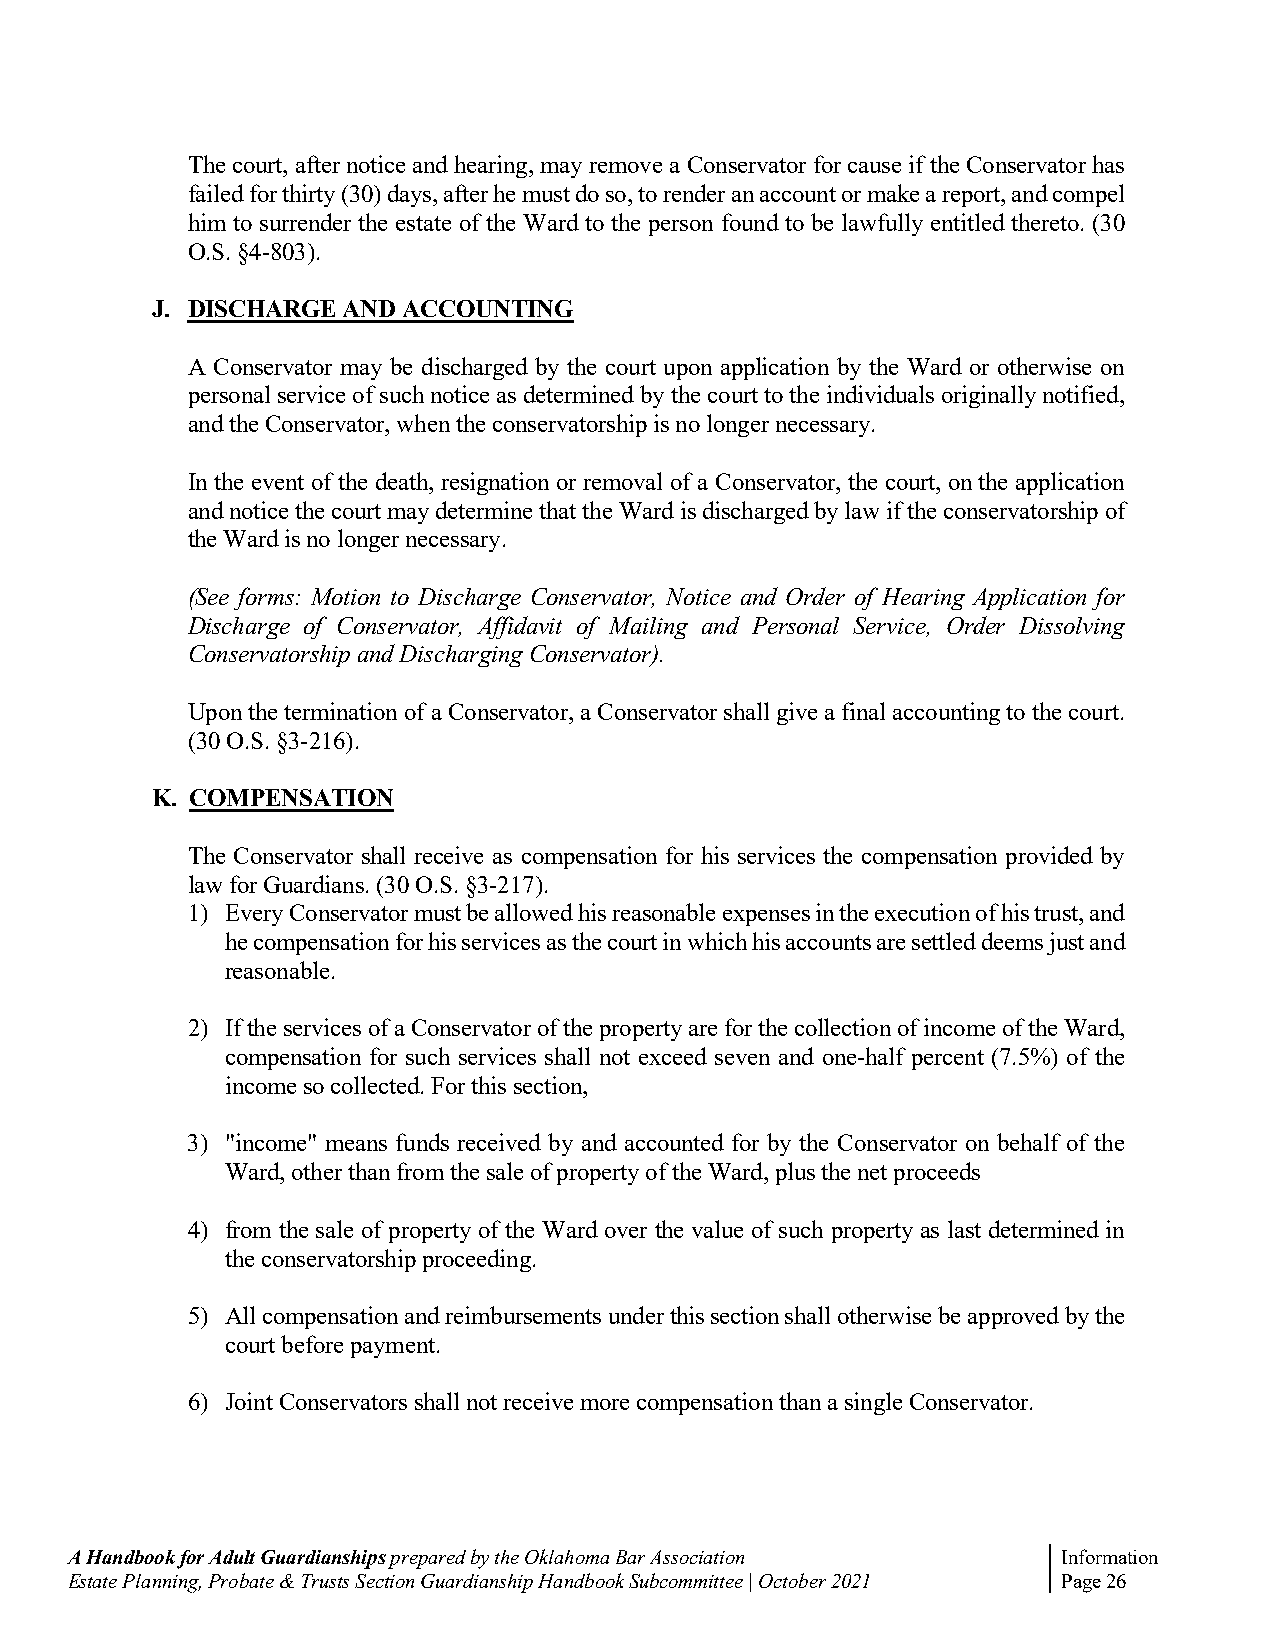
The court, after notice and hearing, may remove a Conservator for cause if the Conservator has
 failed for thirty (30) days, after he must do so, to render an account or make a report, and compel
 him to surrender the estate of the Ward to the person found to be lawfully entitled thereto. (30
 O.S. §4-803).
 J. DISCHARGE AND ACCOUNTING
 A Conservator may be discharged by the court upon application by the Ward or otherwise on
 personal service of such notice as determined by the court to the individuals originally notified,
 and the Conservator, when the conservatorship is no longer necessary.
 In the event of the death, resignation or removal of a Conservator, the court, on the application
 and notice the court may determine that the Ward is discharged by law if the conservatorship of
 the Ward is no longer necessary.
 (See forms: Motion to Discharge Conservator, Notice and Order of Hearing Application for
 Discharge of Conservator, Affidavit of Mailing and Personal Service, Order Dissolving
 Conservatorship and Discharging Conservator).
 Upon the termination of a Conservator, a Conservator shall give a final accounting to the court.
 (30 O.S. §3-216).
 K. COMPENSATION
 The Conservator shall receive as compensation for his services the compensation provided by
 law for Guardians. (30 O.S. §3-217).
 1) Every Conservator must be allowed his reasonable expenses in the execution of his trust, and
 he compensation for his services as the court in which his accounts are settled deems just and
 reasonable.
 2) If the services of a Conservator of the property are for the collection of income of the Ward,
 compensation for such services shall not exceed seven and one-half percent (7.5%) of the
 income so collected. For this section,
 3) "income" means funds received by and accounted for by the Conservator on behalf of the
 Ward, other than from the sale of property of the Ward, plus the net proceeds
 4) from the sale of property of the Ward over the value of such property as last determined in
 the conservatorship proceeding.
 5) All compensation and reimbursements under this section shall otherwise be approved by the
 court before payment.
 6) Joint Conservators shall not receive more compensation than a single Conservator.
 A Handbook for Adult Guardianships prepared by the Oklahoma Bar Association Information
 Estate Planning, Probate & Trusts Section Guardianship Handbook Subcommittee | October 2021 Page 26